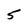
Character: 5